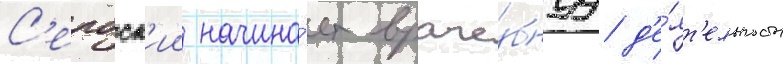
С'ербск'ии начина́ет враче́бнуу д'е́ят'ельность